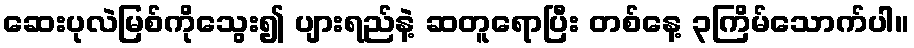
ဆေးပုလဲမြစ်ကိုသွေး၍ ပျားရည်နဲ့ ဆတူရောပြီး တစ်နေ့ ၃ကြိမ်သောက်ပါ။